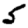
Digit: 5